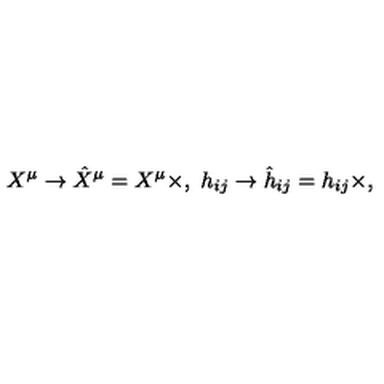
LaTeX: { } X ^ { \mu } \rightarrow \hat { X } ^ { \mu } = X ^ { \mu } \times , \ h _ { i j } \rightarrow \hat { h } _ { i j } = h _ { i j } \times ,